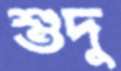
শুদু